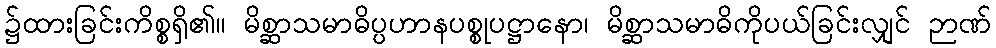
၌ထားခြင်းကိစ္စရှိ၏။ မိစ္ဆာသမာဓိပ္ပဟာနပစ္စုပဋ္ဌာနော၊ မိစ္ဆာသမာဓိကိုပယ်ခြင်းလျှင် ဉာဏ်